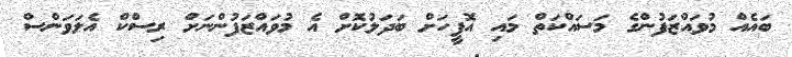
ބައެއް މުވައްޒަފުންގެ މަސައްކަތް މައި އޮފީހަށް ބަދަލުކޮށް އެ މުވައްޒަފުންނަށް ރިސްކް އެލަވަންސް